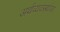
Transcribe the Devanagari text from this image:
अर्थव्यवस्थांवर